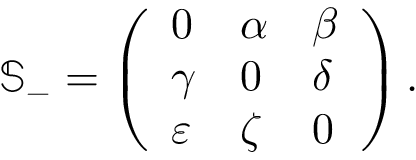
\mathbb { S } _ { - } = \left( \begin{array} { l l l } { 0 } & { \alpha } & { \beta } \\ { \gamma } & { 0 } & { \delta } \\ { \varepsilon } & { \zeta } & { 0 } \end{array} \right) .